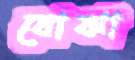
বোঝা